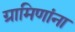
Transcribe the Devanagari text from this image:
ग्रामिणांना